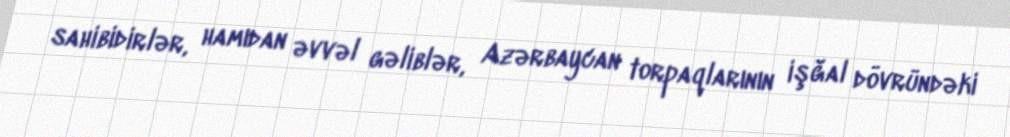
sahibidirlər, hamıdan əvvəl gəliblər, Azərbaycan torpaqlarının işğal dövründəki